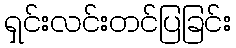
ရှင်းလင်းတင်ပြခြင်း